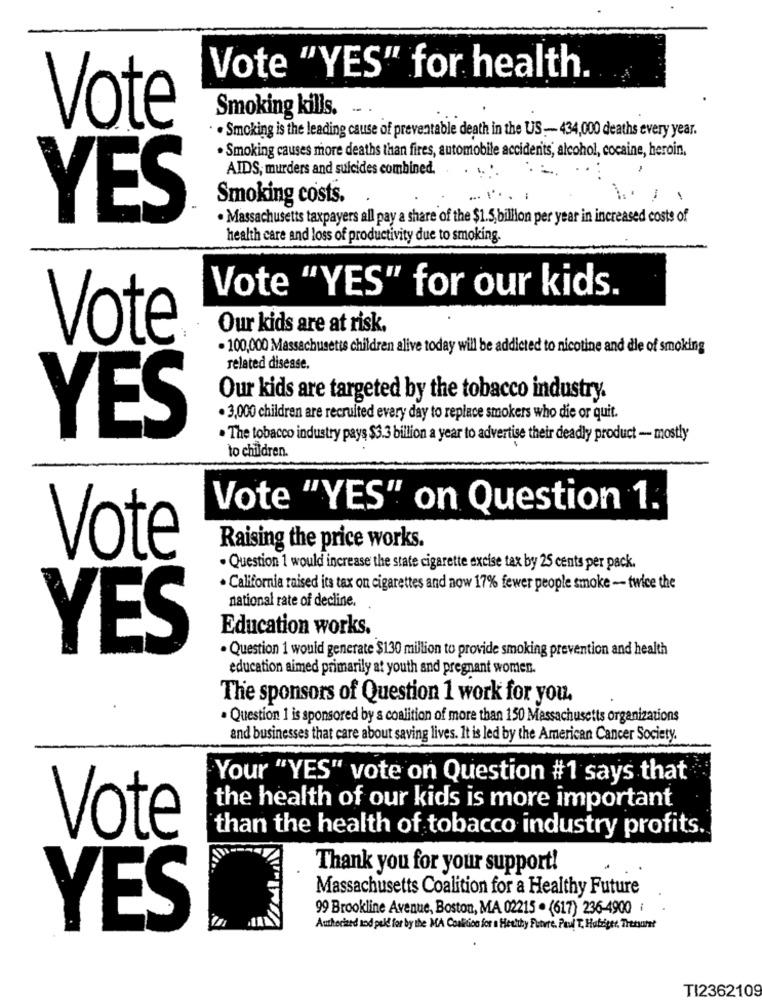
Vote "YES" for health.
Smoking kills.
Vote
. Smoking is the leading cause of preventable death in the US- 434,000 deaths every year.
Smoking causes more deaths than fires, automobile accidents, alcohol, cocaine, heroin.
AIDS, murders and suicides combined.
Smoking costs.
.[ ...
-
-
YES
· Massachusetts taxpayers all pay a share of the $1.5 billion per year in increased costs of
health care and loss of productivity due to smoking.
Vote "YES" for our kids.
Our kids are at risk.
Vote
· 100,000 Massachusetts children alive today will be addicted to nicotine and die of smoking
related disease.
Our kids are targeted by the tobacco industry.
· 3,000 children are recruited every day to replace smokers who die or quit.
YES
. The tobacco industry pays $3.3 billion a year to advertise their deadly product - mostly
to children.
Vote "YES" on Question 1.
Raising the price works.
Vote
. Question 1 would increase the state cigarette excise tax by 25 cents per pack.
. California raised its tax on cigarettes and now 17% fewer people smoke - twice the
national rate of decline.
Education works.
YES
. Question 1 would generate $130 million to provide smoking prevention and health
education aimed primarily at youth and pregnant women.
The sponsors of Question 1 work for you.
. Question 1 is sponsored by a coalition of more than 150 Massachusetts organizations
and businesses that care about saving lives. It is led by the American Cancer Society.
Your "YES" vote on Question #1 says that
the health of our kids is more important
Vote
than the health of tobacco industry profits.
Thank you for your support!
Massachusetts Coalition for a Healthy Future
99 Brookline Avenue, Boston, MA 02215 . (617) 236-4900 i
YES
Authorized and peld for by the MA Coalition for a Healthy Future. Paul T, Habziger, Treasure?
TI2362109